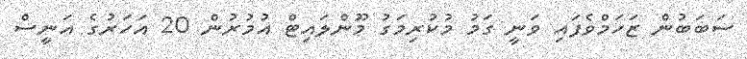
ސަބަބުން ޒަހަމްވެފައި ވަނީ ގަމު މުކުރިމަގު މޫންލައިޓް އުމުރުން 20 އަހަރުގެ އަނީސް